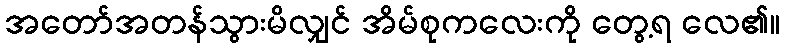
အတော်အတန်သွားမိလျှင် အိမ်စုကလေးကို တွေ့ရ လေ၏။